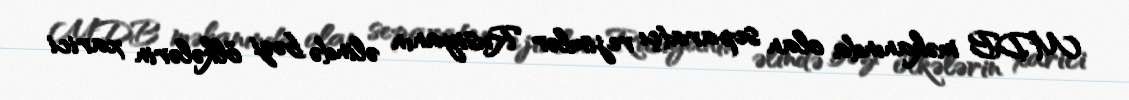
MDB məkanında olan separatçı rejimlər Rusiyanın əlində bəzi ölkələrin xarici